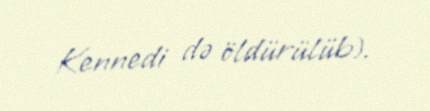
Kennedi də öldürülüb).